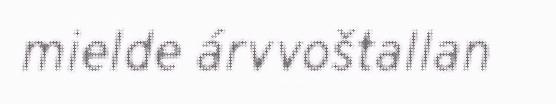
mielde árvvoštallan